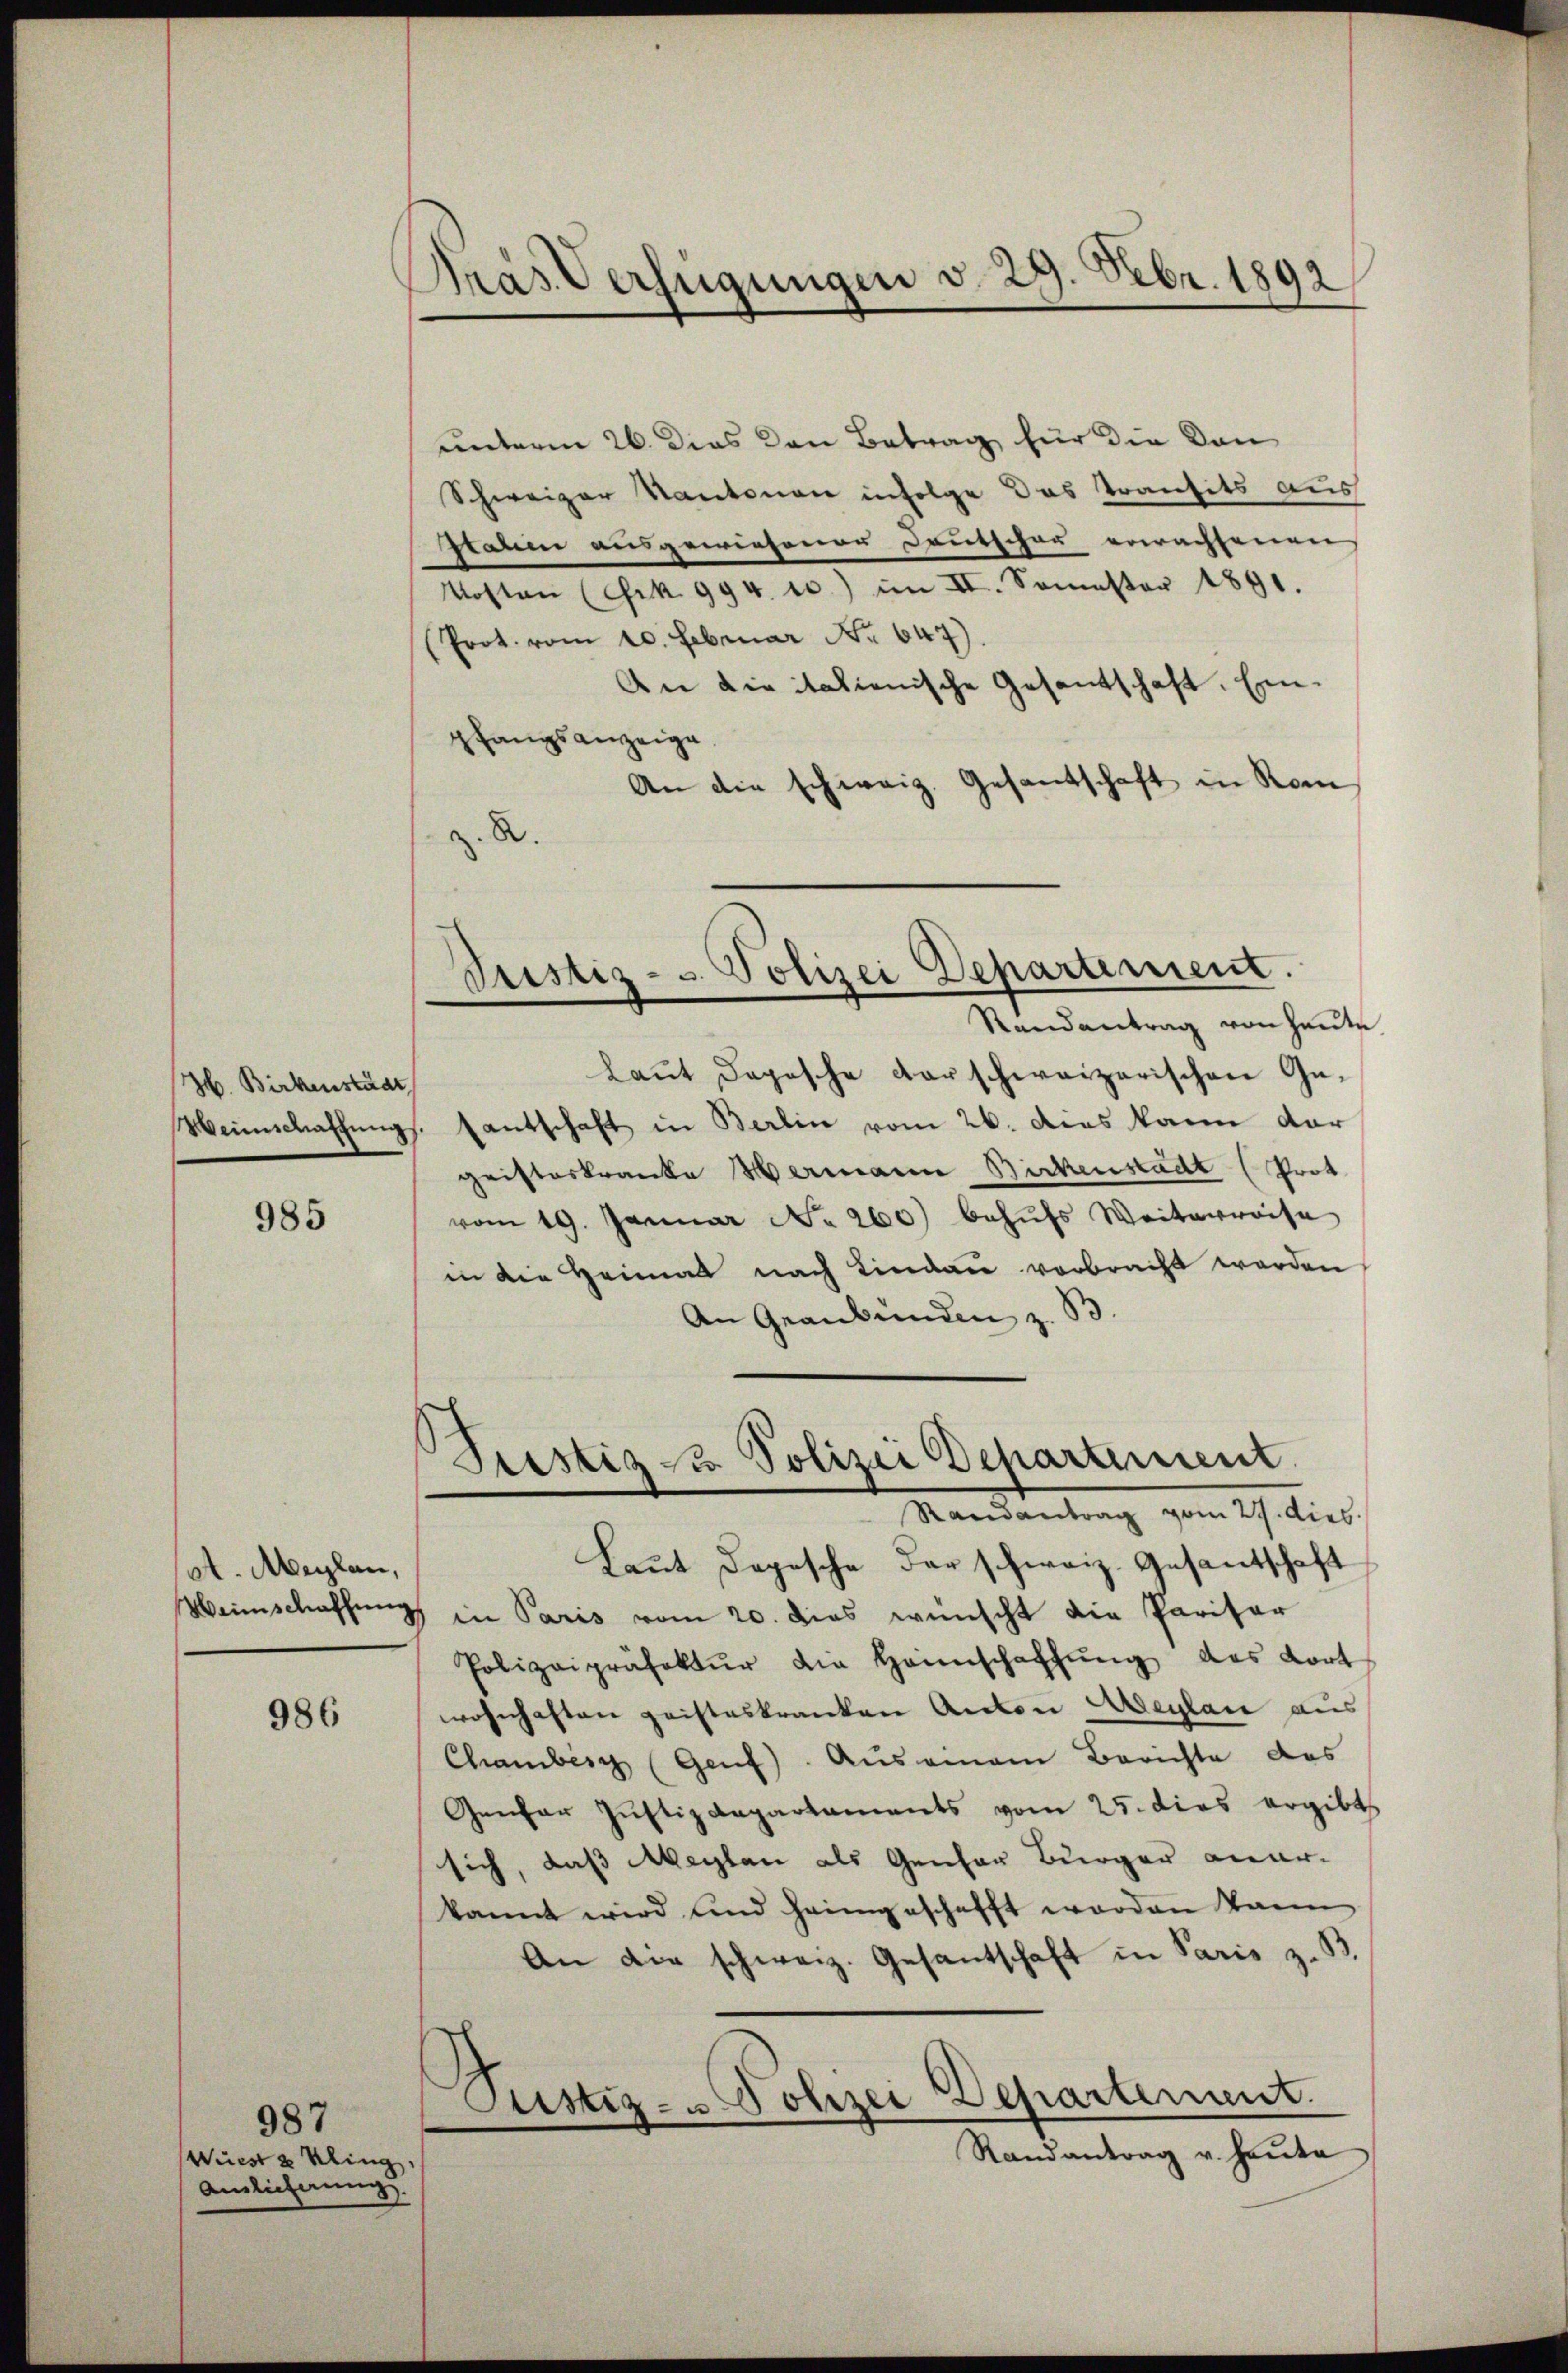
H. Birkenstädt

985

ot. Meilen,

986

987
Wüest 2 Kling
Amlicherung.

Präs. Verfügungen v. 29. Febr. 1892

unterm 26. dies den Betrag für die von
Schweizer Kantonen infolge das Transits aus
tatem ausgewiesener Deutscher erwachsenen,
Kosten (Frk. 994. 20) im II. Semester 1891.
Prot. vom 10. Februar Nr. 647.
An die italienische Gesantschaft. Einpfangsanzeige.
An die schweiz. Gesantschaft in Rom
z. R.

Justiz- & Polizei Departement.
Randantrag von heute

Grestiz zu Polizei Departement
Randantrag vom 27. dies

laut Depesche darschweizerischen Ge¬
Weinschaffungs. Entschaft in Berlin vom 26. dies kann dar
gristeskranke Hermann Bickenstadt (Prot
vom 19. Januar No. 260) behufs Weiterreise
in die Heimat nach Lindau vorbracht werden
An Graubünden z. B.
Laut Depesche der schweiz. Gesantschaft
Weinschaffŭng in Paris vom 20. dies wünscht die Parisar
Polizeipräfektŭr die Heimschaffŭng des Fort
wohnhaften geisteskranken Anton Aeylai aus
Chamberg (Genf). Auseinem Berichte des
Genfer Justizdepartaments vom 25. dies ergibts
sich, daß Maylan als Genfer Bürger anerkannt wird und heimgeschafft worden kann
An die schweiz. Gesantschaft in Paris z. B.
Astiz- u. Polizei Departement.
Randantrag v. Haŭte